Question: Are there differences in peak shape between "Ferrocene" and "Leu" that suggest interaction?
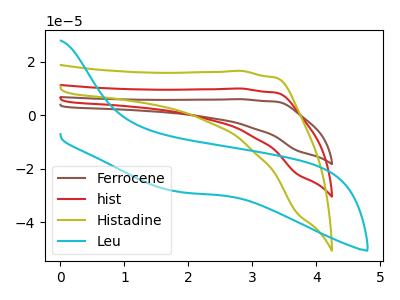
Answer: <think>The brown curve "Ferrocene" has no peaks. The red curve "hist" has no peaks. The olive curve "Histadine" has no peaks. The cyan curve "Leu" has no peaks.
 Neither "Ferrocene" or "Leu" have any peaks.</think>
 <answer>No, "Ferrocene" and "Leu" don't appear to be significantly different in shape</answer>
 <eval>no_change</eval>